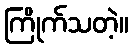
ကြိုက်သတဲ့။